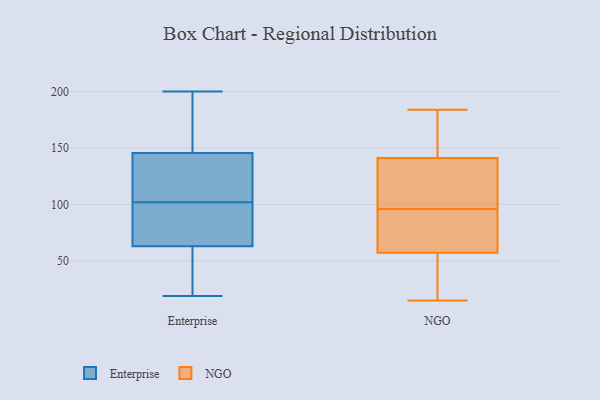
{"axis": {"x": "Conversion Rate (%)", "y": "Value"}, "legend": ["Enterprise", "NGO"], "data": [{"x": "", "y": 78, "type": "Enterprise"}, {"x": "", "y": 120, "type": "Enterprise"}, {"x": "", "y": 41, "type": "Enterprise"}, {"x": "", "y": 139, "type": "Enterprise"}, {"x": "", "y": 169, "type": "Enterprise"}, {"x": "", "y": 19, "type": "Enterprise"}, {"x": "", "y": 63, "type": "Enterprise"}, {"x": "", "y": 104, "type": "Enterprise"}, {"x": "", "y": 102, "type": "Enterprise"}, {"x": "", "y": 200, "type": "Enterprise"}, {"x": "", "y": 114, "type": "Enterprise"}, {"x": "", "y": 165, "type": "Enterprise"}, {"x": "", "y": 44, "type": "Enterprise"}, {"x": "", "y": 65, "type": "Enterprise"}, {"x": "", "y": 187, "type": "Enterprise"}, {"x": "", "y": 67, "type": "Enterprise"}, {"x": "", "y": 63, "type": "Enterprise"}, {"x": "", "y": 174, "type": "NGO"}, {"x": "", "y": 35, "type": "NGO"}, {"x": "", "y": 17, "type": "NGO"}, {"x": "", "y": 15, "type": "NGO"}, {"x": "", "y": 160, "type": "NGO"}, {"x": "", "y": 172, "type": "NGO"}, {"x": "", "y": 144, "type": "NGO"}, {"x": "", "y": 16, "type": "NGO"}, {"x": "", "y": 132, "type": "NGO"}, {"x": "", "y": 96, "type": "NGO"}, {"x": "", "y": 55, "type": "NGO"}, {"x": "", "y": 184, "type": "NGO"}, {"x": "", "y": 98, "type": "NGO"}, {"x": "", "y": 64, "type": "NGO"}, {"x": "", "y": 78, "type": "NGO"}, {"x": "", "y": 133, "type": "NGO"}, {"x": "", "y": 76, "type": "NGO"}, {"x": "", "y": 98, "type": "NGO"}, {"x": "", "y": 85, "type": "NGO"}]}